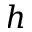
h